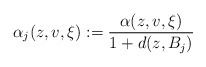
\begin{align*} \alpha_j(z,v,\xi):=\frac{\alpha(z,v,\xi)}{1+d(z,B_j)}\end{align*}